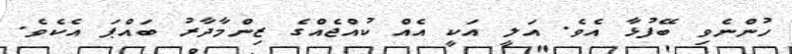
ހުންނެވި ބޭފުޅާ އެެވެ. އަލީ އަކީ އެއް ކުއްޖެއްގެ ޒިންމާދާރު ބައްޕަ އެކެވެ.